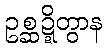
ဥစ္ဆဍ္ဍိတွာန